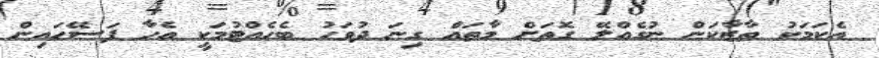
އެކަމަކު ތާޒާކަން ނުގެއްލޭ ގޮތަށް މާތައް ގިނަ ދުވަހު ބެހެއްޓުމަކީ އެހާ ފަސޭހައިން